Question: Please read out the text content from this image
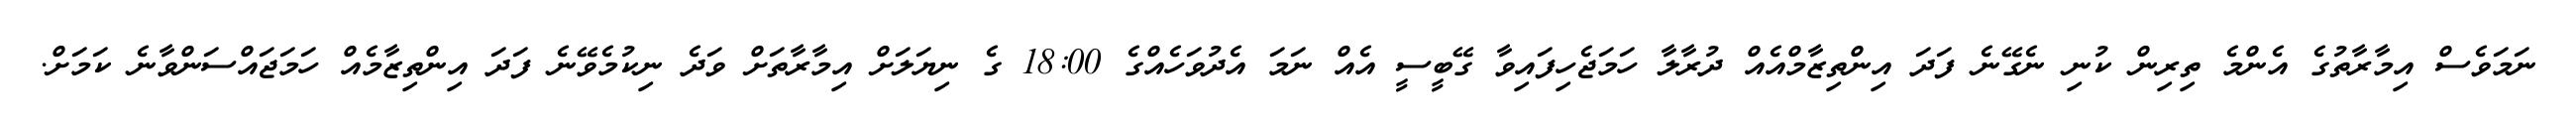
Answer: ނަމަވެސް އިމާރާތުގެ އެންމެ ތިރިން ކުނި ނެގޭނެ ފަދަ އިންތިޒާމްއެއް ދުރާލާ ހަމަޖެހިފައިވާ ގޭބީސީ އެއް ނަމަ އެދުވަހެއްގެ 18:00 ގެ ނިޔަލަށް އިމާރާތަށް ވަދެ ނިކުމެވޭނެ ފަދަ އިންތިޒާމެއް ހަމަޖައްސަންވާނެ ކަމަށް.